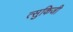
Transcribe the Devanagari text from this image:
त्सुकिजी